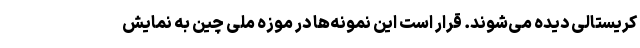
کریستالی دیده می‌شوند. قرار است این نمونه‌ها در موزه ملی چین به نمایش